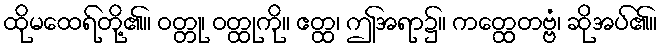
ထိုမထေရ်တို့၏။ ဝတ္တု၊ ဝတ္ထုကို။ ဧတ္ထ၊ ဤအရာ၌။ ကတ္ထေတဗ္ဗံ၊ ဆိုအပ်၏။